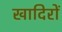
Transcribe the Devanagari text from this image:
खादिरों